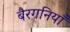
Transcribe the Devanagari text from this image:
बैरगनियाँ